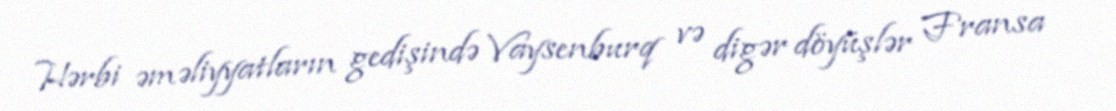
Hərbi əməliyyatların gedişində Vaysenburq və digər döyüşlər Fransa